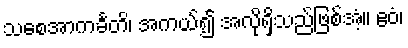
သစေအာကင်္ခတိ၊ အကယ်၍ အလိုရှိသည်ဖြစ်အံ့။ ဧဝံ၊